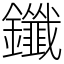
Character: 鑯